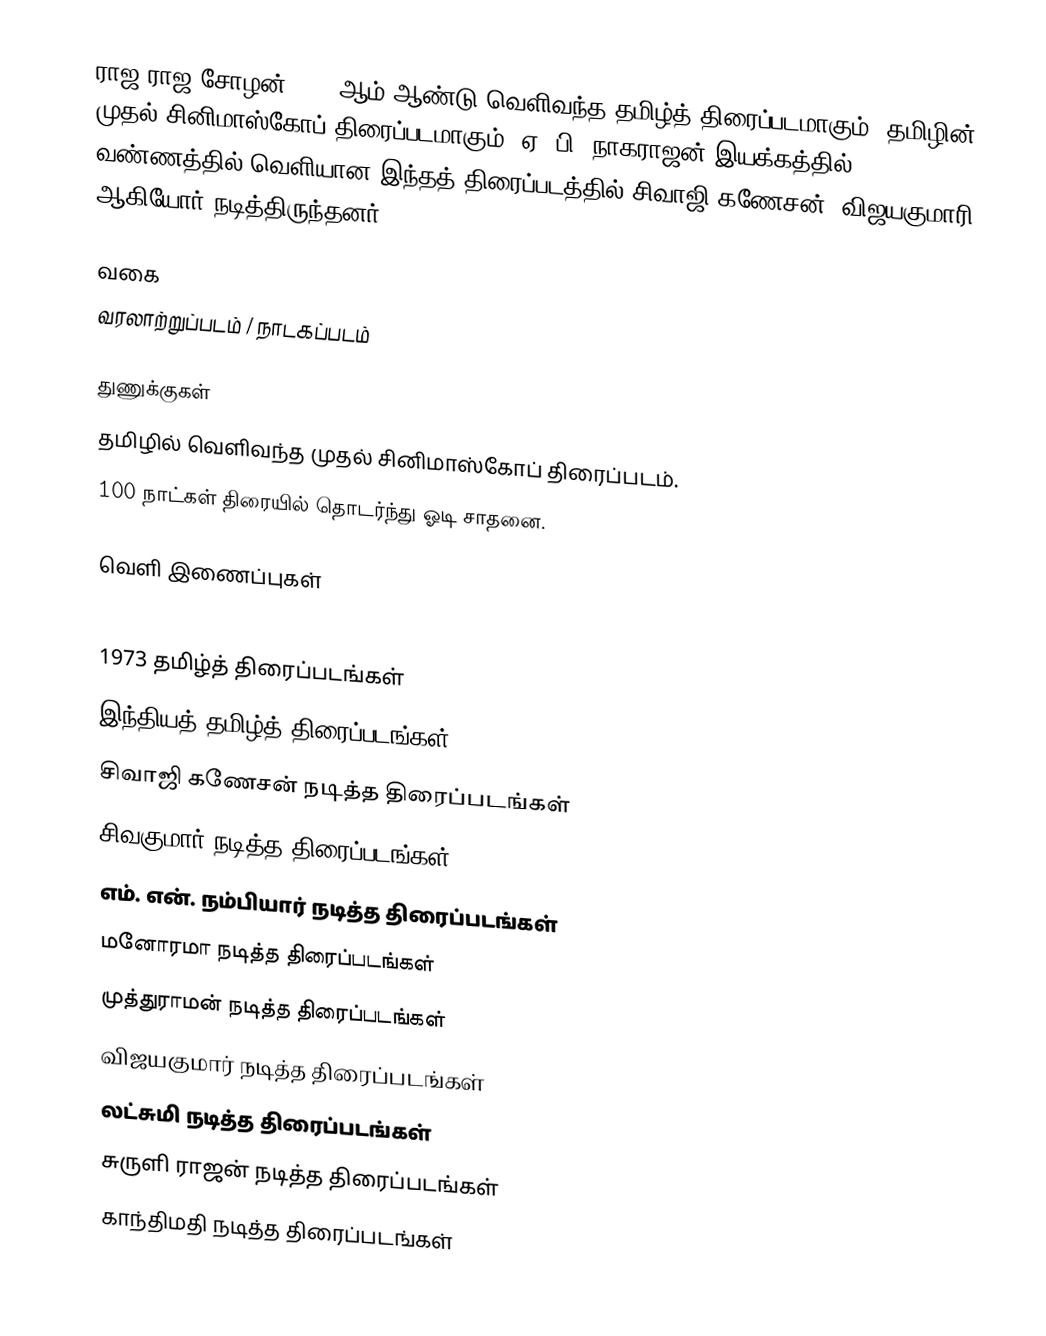
ராஜ ராஜ சோழன் 1973 ஆம் ஆண்டு வெளிவந்த தமிழ்த் திரைப்படமாகும். தமிழின் முதல் சினிமாஸ்கோப் திரைப்படமாகும். ஏ. பி. நாகராஜன் இயக்கத்தில் வண்ணத்தில் வெளியான இந்தத் திரைப்படத்தில் சிவாஜி கணேசன், விஜயகுமாரி ஆகியோர் நடித்திருந்தனர்.

வகை
வரலாற்றுப்படம் / நாடகப்படம்

துணுக்குகள்
 தமிழில் வெளிவந்த முதல் சினிமாஸ்கோப் திரைப்படம்.
 100 நாட்கள் திரையில் தொடர்ந்து ஓடி சாதனை.

வெளி இணைப்புகள்

1973 தமிழ்த் திரைப்படங்கள்
இந்தியத் தமிழ்த் திரைப்படங்கள்
சிவாஜி கணேசன் நடித்த திரைப்படங்கள்
சிவகுமார் நடித்த திரைப்படங்கள்
எம். என். நம்பியார் நடித்த திரைப்படங்கள்
மனோரமா நடித்த திரைப்படங்கள்
முத்துராமன் நடித்த திரைப்படங்கள்
விஜயகுமார் நடித்த திரைப்படங்கள்
லட்சுமி நடித்த திரைப்படங்கள்
சுருளி ராஜன் நடித்த திரைப்படங்கள்
காந்திமதி நடித்த திரைப்படங்கள்